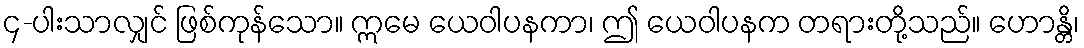
၄-ပါးသာလျှင် ဖြစ်ကုန်သော။ ဣမေ ယေဝါပနကာ၊ ဤ ယေဝါပနက တရားတို့သည်။ ဟောန္တိ၊